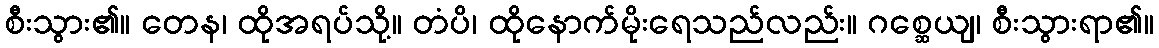
စီးသွား၏။ တေန၊ ထိုအရပ်သို့။ တံပိ၊ ထိုနောက်မိုးရေသည်လည်း။ ဂစ္ဆေယျ၊ စီးသွားရာ၏။